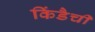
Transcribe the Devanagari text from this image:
किंडैची